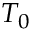
T _ { 0 }